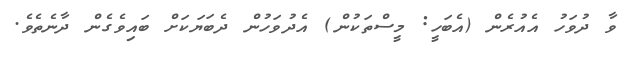
ވާ ދުވަހު އެއުރެން (އެބަހީ: މީސްތަކުން) އެދުވަހުން ދެބަޔަކަށް ބައިވެގެން ދާނެތެވެ.